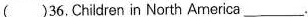
( )36.Children in North America \underline.